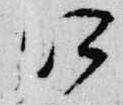
江